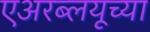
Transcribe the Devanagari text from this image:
एअरब्लयूच्या